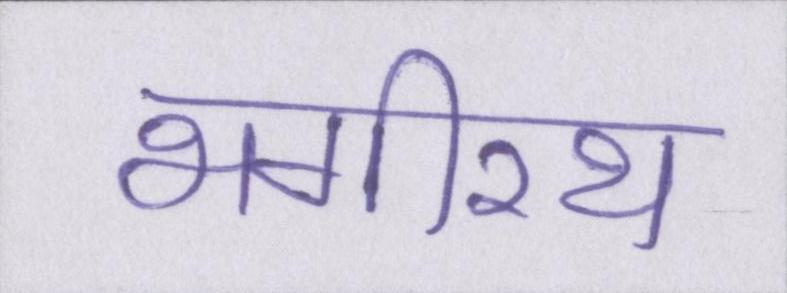
भगीरथ